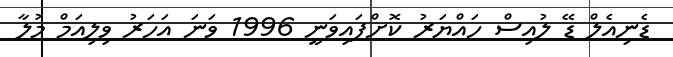
ޑެނިއެލް ޑޭ ލުއިސް ހައްޔަރު ކޮށްފައިވަނީ 1996 ވަނަ އަހަރު ވިލިއަމް މުލާ